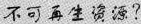
不可再生源？